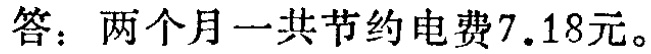
答：两个月一共节约电费7.18元。